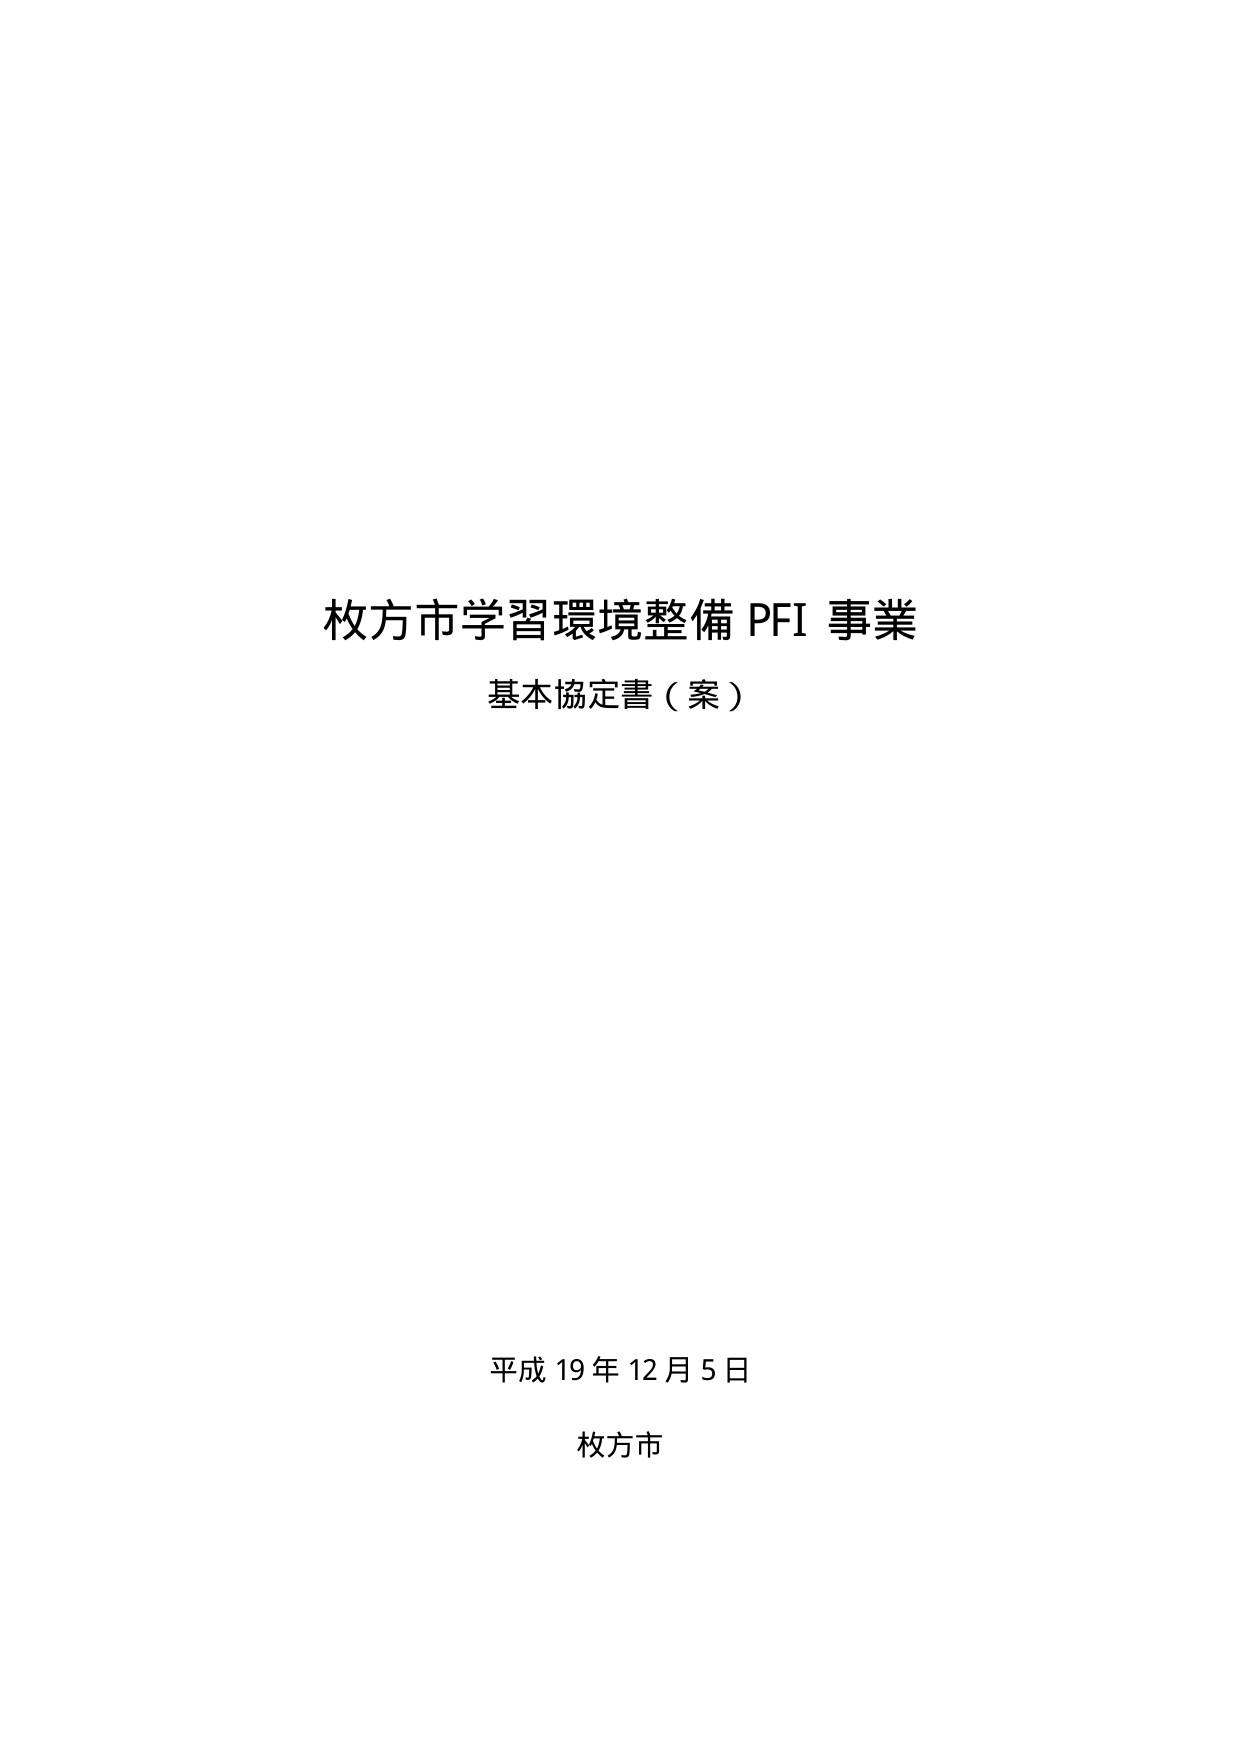
枚方市学習環境整備 PFI 事業
基本協定書（案）

平成 19 年 12 月 5 日
枚方市